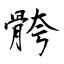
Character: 骻